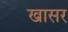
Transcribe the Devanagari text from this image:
खासर